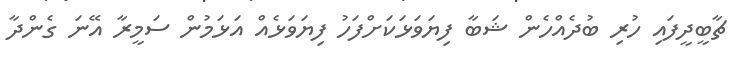
ޗާބީދީފައި ހުރި ބުދެއްހެން ޝަބާ ފިޔަވަޅަކަށްފަހު ފިޔަވަޅެއް އަޅަމުން ސަމީރާ އޭނަ ގެންދާ